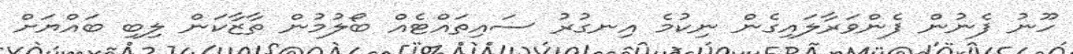
ހޫނު ފެނުން ފެންވަރާލައިގެން ނިކުމެ އިނގުރު ސައިތައްޓެއް ބޯލުމުން ތާޒާކަން ލިބި ބައްޔަށް